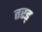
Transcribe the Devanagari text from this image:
तरड्